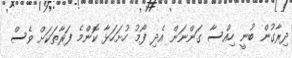
ދިރާގުން ބުނީ ހިއްސާ ގަންނަން އެދި ފޯމު ހުށަހަޅާ ކޮންމެ ފަރާތަކަށް ވެސް